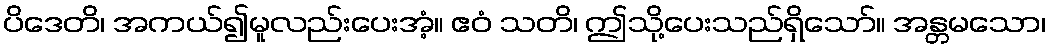
ပိဒေတိ၊ အကယ်၍မူလည်းပေးအံ့။ ဧဝံ သတိ၊ ဤသို့ပေးသည်ရှိသော်။ အန္တမသော၊